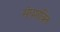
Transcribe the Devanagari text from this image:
संघशक्ति